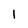
Character: 1